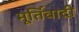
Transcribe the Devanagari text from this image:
मूर्तिवादी